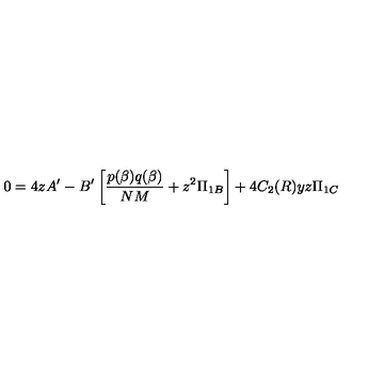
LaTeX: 0 = 4 z A ^ { \prime } - B ^ { \prime } \left[ \frac { p ( \beta ) q ( \beta ) } { N M } + z ^ { 2 } \Pi _ { 1 B } \right] + 4 C _ { 2 } ( R ) y z \Pi _ { 1 C }